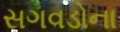
સગવડોના